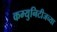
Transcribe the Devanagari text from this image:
कम्युनिटीजच्या